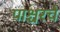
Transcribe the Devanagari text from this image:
पाश्चरचे